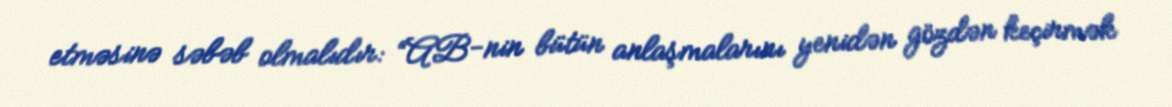
etməsinə səbəb olmalıdır: “AB-nin bütün anlaşmalarını yenidən gözdən keçirmək